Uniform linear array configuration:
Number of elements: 4
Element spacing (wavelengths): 0.5
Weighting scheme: cosine
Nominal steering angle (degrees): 15
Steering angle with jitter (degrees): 14.947
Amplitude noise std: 0.05
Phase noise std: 0.05

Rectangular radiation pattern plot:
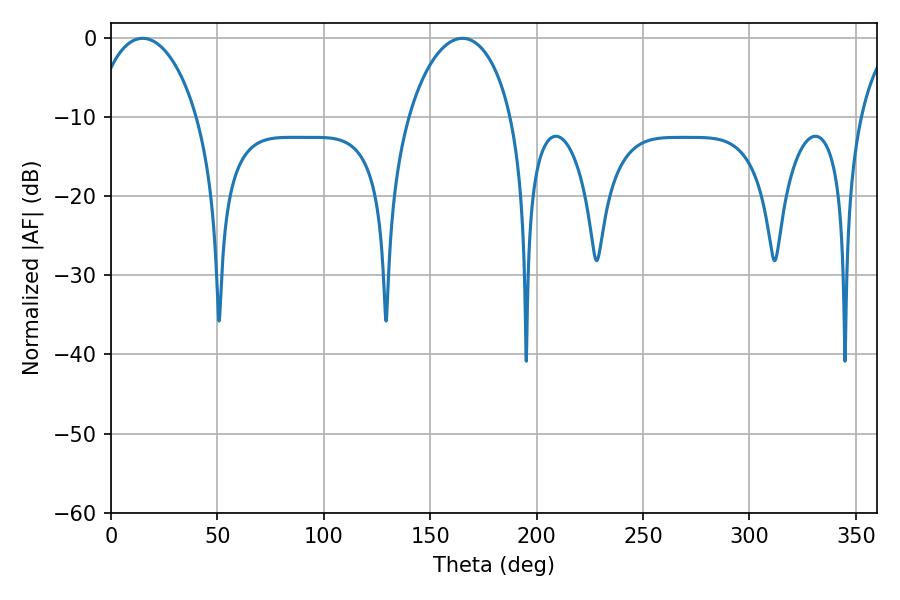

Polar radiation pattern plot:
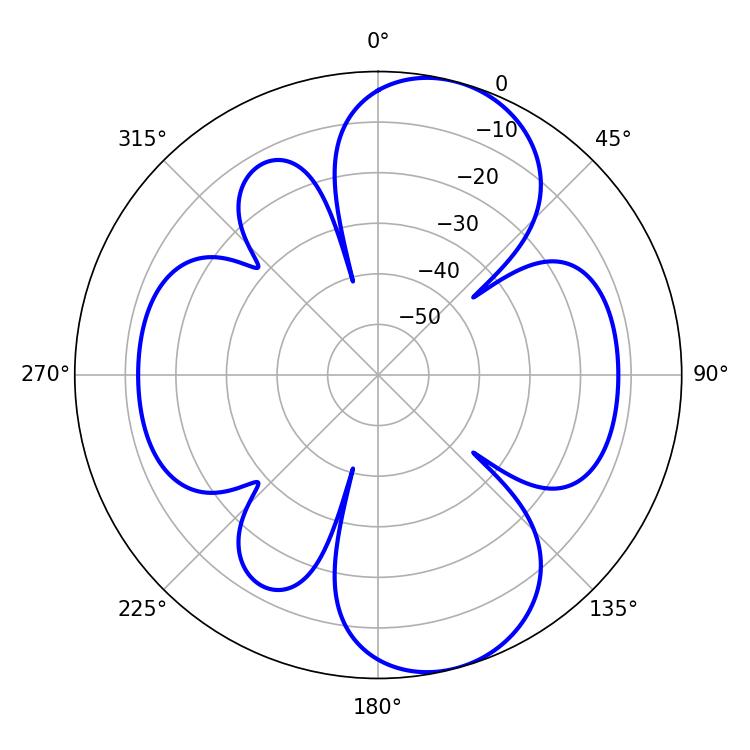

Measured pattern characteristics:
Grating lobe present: FALSE
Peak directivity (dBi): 9.044
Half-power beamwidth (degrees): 27.72
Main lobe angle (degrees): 14.94